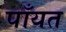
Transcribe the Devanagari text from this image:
पाँयत